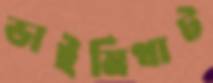
ডাইমিথাট